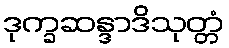
ဒုက္ခဆန္ဒာဒိသုတ္တံ